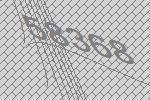
58368